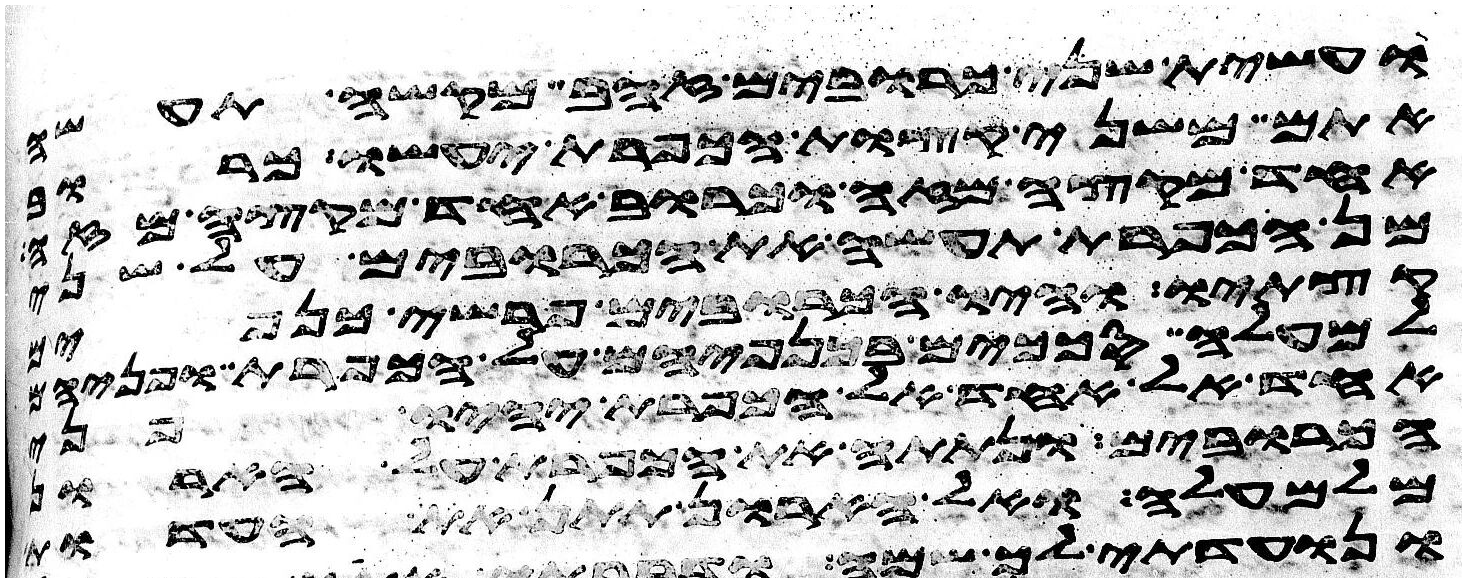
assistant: ועשית שני כרובים זהב מקשה תעשה
אתם משני קצות הכפרת יעשו כרוב
אחד מקצה מזה וכרוב אחד מקצה מזה
מן הכפרת תעשה את הכרובים על
קצתיו והיו הכרובים פרשי כנפים
למעלה סככים בכנפיהם על הכפרת ופניהם
אחד אל אחד אל הכפרת יהיו פני
הכרובים ונתתה את הכפרת על הארון
מלמעלה ואל הארון תתן את העדות